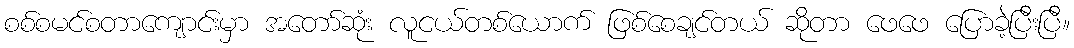
စစ်စမင်စတာကျောင်းမှာ အတော်ဆုံး လူငယ်တစ်ယောက် ဖြစ်စေချင်တယ် ဆိုတာ ဖေဖေ ပြောခဲ့ပြီးပြီ။